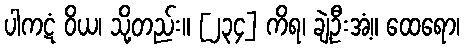
ပါကဋံ ဝိယ၊ သို့တည်း။ [၂၃၄] ကိရ၊ ချဲ့ဦးအံ့။ ထေရော၊